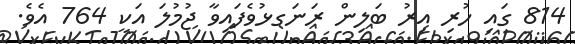
814 ގައި ހުރި އިރު ބަލިން ރަނަގޅުވެފައިވާ ޖުމުލަ އަކީ 764 އެވެ.